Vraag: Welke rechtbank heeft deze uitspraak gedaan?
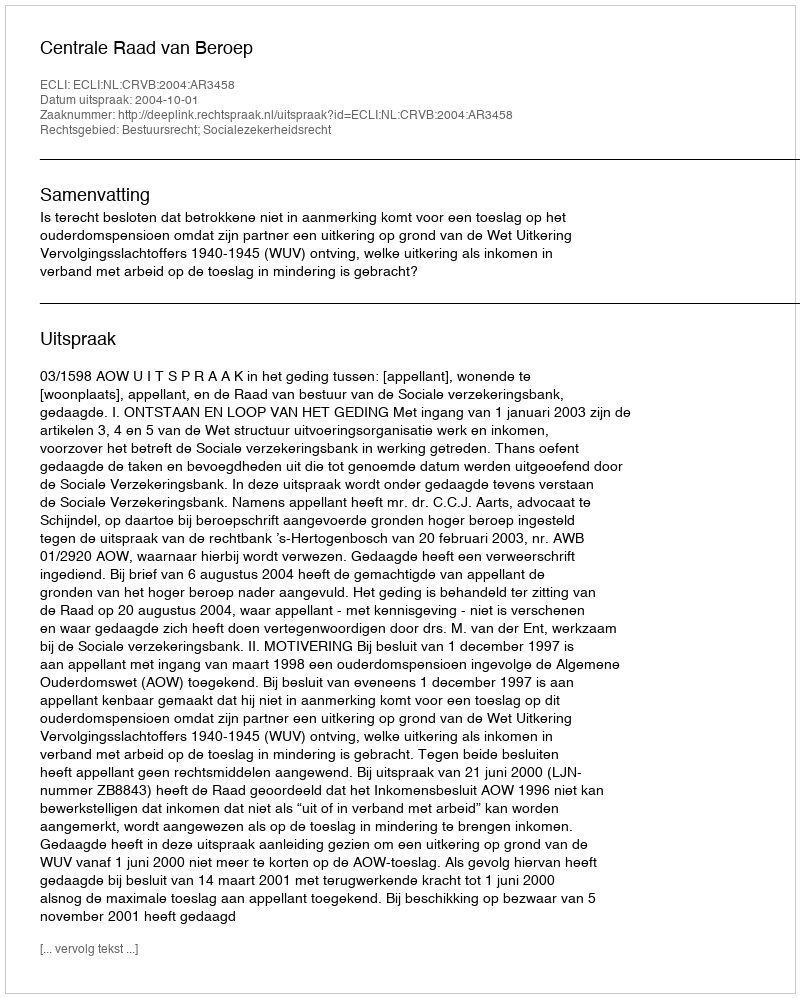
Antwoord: Centrale Raad van Beroep